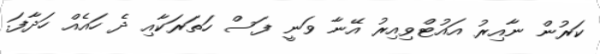
ކަރުން ނާއިރު އައުޓްވިއިރު އޭނާ ވަނީ ފަސް ހަތަރަކާއި ދެ ހައެއް ހަދާފަ.